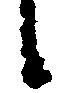
候